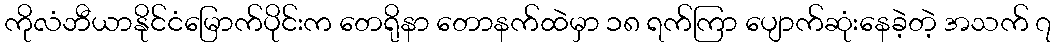
ကိုလံဘီယာနိုင်ငံမြောက်ပိုင်းက တေရိုနာ တောနက်ထဲမှာ ၁၈ ရက်ကြာ ပျောက်ဆုံးနေခဲ့တဲ့ အသက် ၇